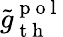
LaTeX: \tilde{g}_{\mathrm{~t~h~}}^{\mathrm{~p~o~l~}}